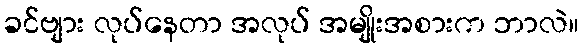
ခင်ဗျား လုပ်နေတာ အလုပ် အမျိုးအစားက ဘာလဲ။